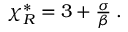
\begin{array} { r } { \chi _ { R } ^ { * } = 3 + \frac { \sigma } { \beta } \; . } \end{array}